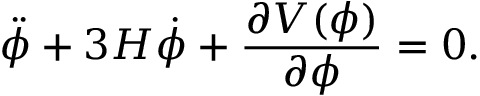
\ddot { \phi } + 3 H \dot { \phi } + { \frac { \partial V ( \phi ) } { \partial \phi } } = 0 .